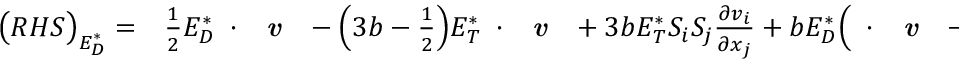
\begin{array} { r l } { \big ( R H S \big ) _ { E _ { D } ^ { * } } = } & { { } \frac { 1 } { 2 } { E _ { D } ^ { * } } \mathbf { \nabla } \cdot \textbf { \emph { v } } - \Big ( 3 b - \frac { 1 } { 2 } \Big ) { E _ { T } ^ { * } } \mathbf { \nabla } \cdot \textbf { \emph { v } } + 3 b { E _ { T } ^ { * } } S _ { i } S _ { j } \frac { \partial v _ { i } } { \partial x _ { j } } + b { E _ { D } ^ { * } } \Big ( \mathbf { \nabla } \cdot \textbf { \emph { v } } - S _ { i } S _ { j } \frac { \partial v _ { i } } { \partial x _ { j } } \Big ) } \end{array}